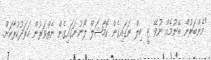
"މެންބަރުން ބޭނުމެއް ނުވޭ ޓީ ބިލް ނަގައިގެން ކޮމާޝަލް ލޯނުނަގައިގެން ނެތްވަރުން ހަރަދުކުރާކަށް.